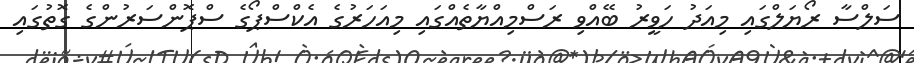
ސަލްސާ ރޯޔަލްގައި މިއަދު ހަވީރު ބޭއްވި ރަސްމިއްޔާތެއްގައި މިއަހަރުގެ އެކްސްޕޯގެ ސްޕޮންސަރުންގެ ގޮތުގައި